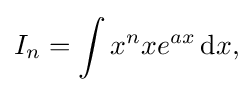
I_{n}=\int x^{n}xe^{ax}\,{\text{d}}x,\!